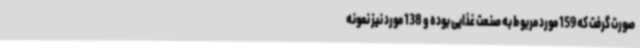
صورت گرفت که 159 مورد مربوط به صنعت غذایی بوده و 138 مورد نیز نمونه